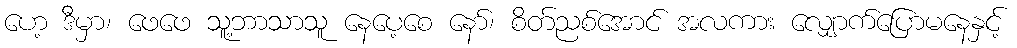
ဟေ့ ဒီမှာ၊ ဖေဖေ သူ့ဘာသာသူ နေပေ့စေ နော်၊ စိတ်ညစ်အောင် အလကား လျှောက်ပြောမနေနှင့်